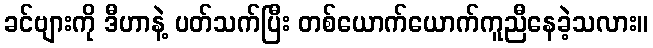
ခင်ဗျားကို ဒီဟာနဲ့ ပတ်သက်ပြီး တစ်ယောက်ယောက်ကူညီနေခဲ့သလား။